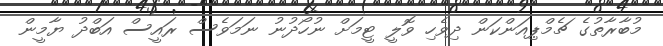
މުބާރާތުގެ ޗެމްޕިއަންކަން ދިވެހި ވޮލީ ޓީމަށް ނުހޯދުނު ނަމަވެސް ރައީސް އަބްދު ޔާމީން